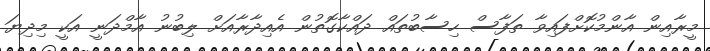
މީރާއިން އާންމުކޮށްފައިވާ ތަފާސް ހިސާބުތައް ދައްކާގޮތުން އެއިދާރާއަށް ލިބުނު އާމްދަނީ އަކީ މިދިޔަ